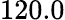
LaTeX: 120.0